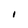
Character: I